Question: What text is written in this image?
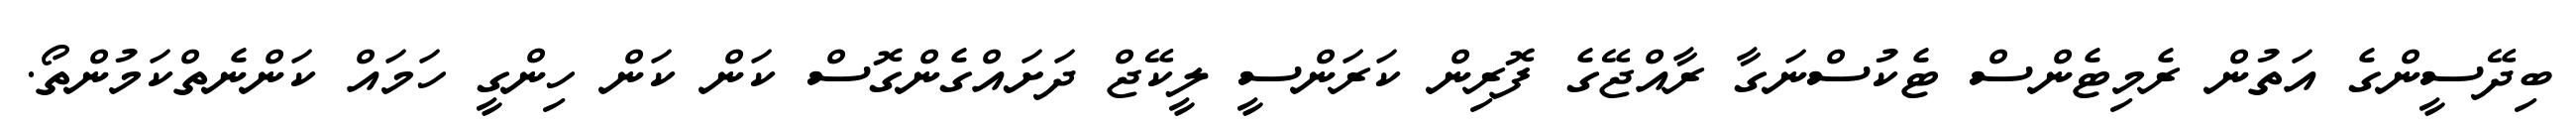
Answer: ބިދޭސީންގެ އަތުން ރެމިޓެންސް ޓެކުސްނަގާ ރާއްޖޭގެ ފޮރިން ކަރަންސީ ލީކޭޖް ދަށައްގެންގޮސް ކަން ކަން ހިންގީ ހަމައް ކަންނެތްކަމުންތޯ.